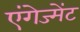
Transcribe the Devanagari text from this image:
एंगेज्मेंट